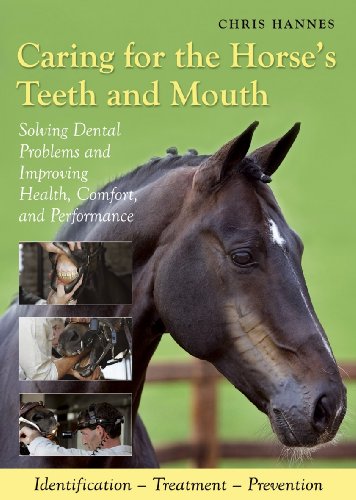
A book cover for Caring for the Horse's Teeth and Mouth; Medical Books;